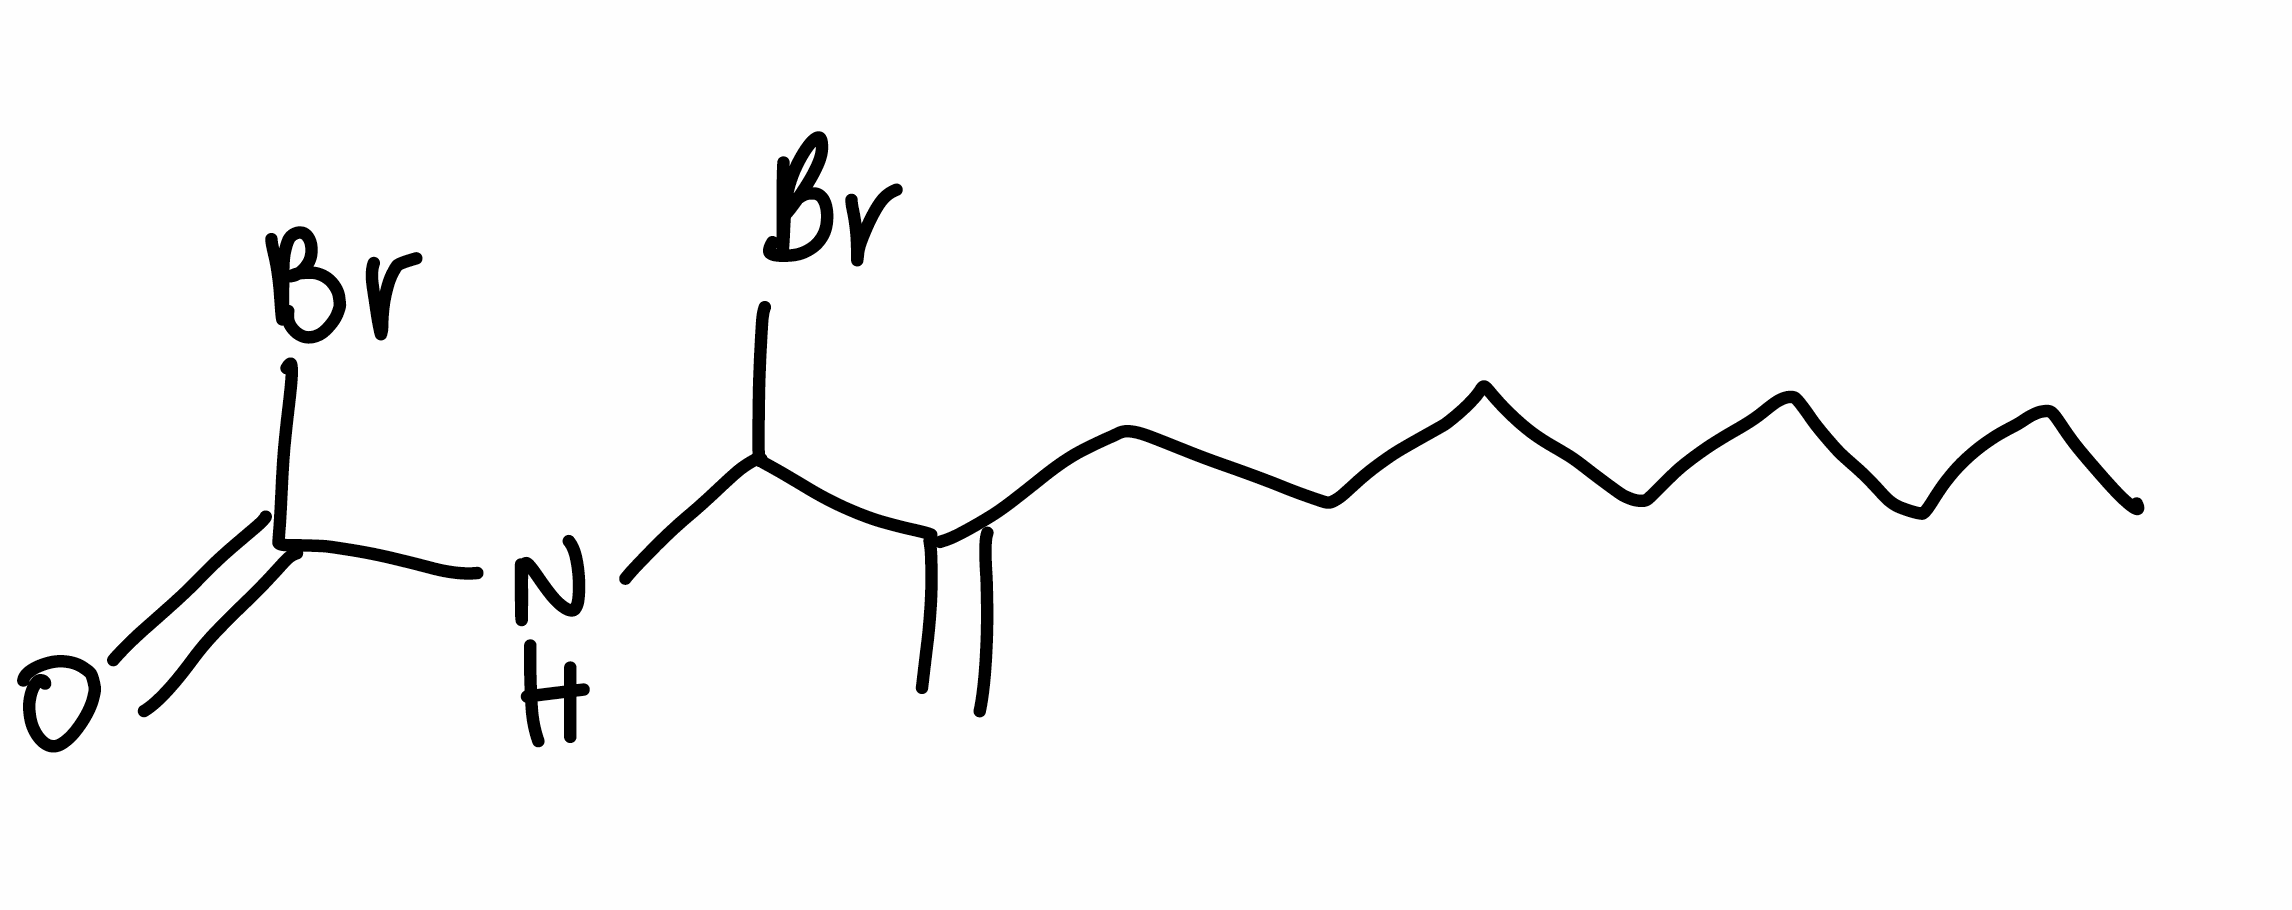
Simplified molecular-input line-entry system (SMILES) notation of the given molecule:
CCCCCCCCC(=C)C(NC(=O)Br)Br